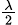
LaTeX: \scriptstyle{\frac{\lambda}{2}}